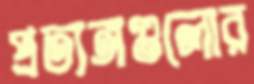
প্রত্যঙ্গগুলোর